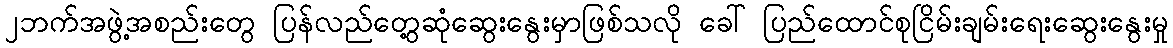
၂ဘက်အဖွဲ့အစည်းတွေ ပြန်လည်တွေ့ဆုံဆွေးနွေးမှာဖြစ်သလို ခေါ် ပြည်ထောင်စုငြိမ်းချမ်းရေးဆွေးနွေးမှု